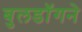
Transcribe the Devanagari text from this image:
बुलडॉगने